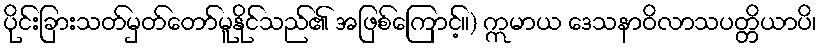
ပိုင်းခြားသတ်မှတ်တော်မူနိုင်သည်၏ အဖြစ်ကြောင့်။) ဣမာယ ဒေသနာဝိလာသပတ္တိယာပိ၊